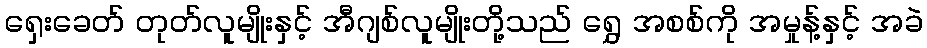
ရှေးခေတ် တုတ်လူမျိုးနှင့် အီဂျစ်လူမျိုးတို့သည် ရွှေ အစစ်ကို အမှုန့်နှင့် အခဲ